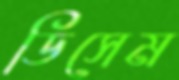
ডিসেম